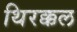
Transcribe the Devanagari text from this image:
थिरक्कल